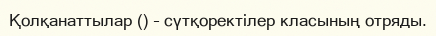
Қолқанаттылар () – сүтқоректілер класының отряды.